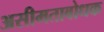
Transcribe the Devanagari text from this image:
असीमताबोधक